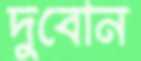
দুবোন